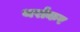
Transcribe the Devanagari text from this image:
थर्राकर